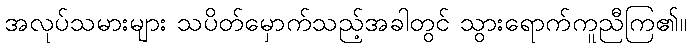
အလုပ်သမားများ သပိတ်မှောက်သည့်အခါတွင် သွားရောက်ကူညီကြ၏။